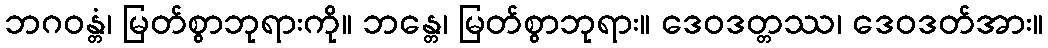
ဘဂဝန္တံ၊ မြတ်စွာဘုရားကို။ ဘန္တေ၊ မြတ်စွာဘုရား။ ဒေဝဒတ္တဿ၊ ဒေဝဒတ်အား။